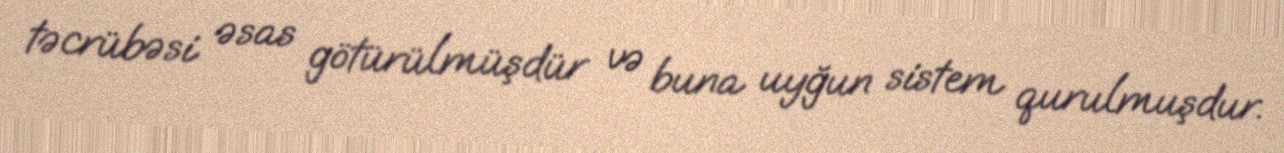
təcrübəsi əsas götürülmüşdür və buna uyğun sistem qurulmuşdur.